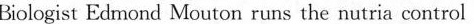
Biologist Exirnond Mouton runs the nutria control